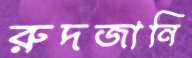
রুদজানি